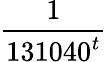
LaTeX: \frac{1}{131040^{t}}